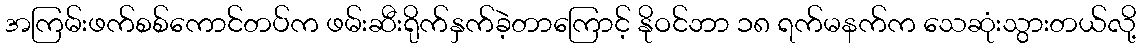
အကြမ်းဖက်စစ်ကောင်တပ်က ဖမ်းဆီးရိုက်နှက်ခဲ့တာကြောင့် နိုဝင်ဘာ ၁၈ ရက်မနက်က သေဆုံးသွားတယ်လို့